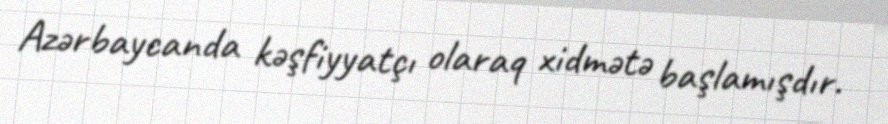
Azərbaycanda kəşfiyyatçı olaraq xidmətə başlamışdır.